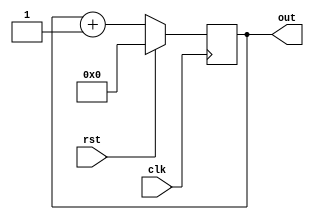
module sync(clk,rst,out);
    parameter n = 4;      //as its 4 bit sync
    input clk,rst;
    output reg [n-1:0] out;   //as we are not giving ip out must be reg coz we shoud know the previous value 

    always @(posedge clk) begin
        if(rst) begin
            out<=0;
        end

        else begin
            out <=out+1;
        end
    end


endmodule